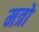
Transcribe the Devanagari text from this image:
मत्रों